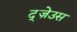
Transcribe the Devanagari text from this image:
द्ज़ेउस